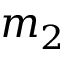
m _ { 2 }